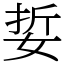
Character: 娎